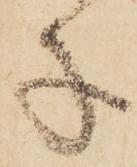
子